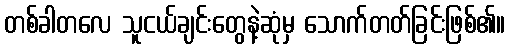
တစ်ခါတလေ သူငယ်ချင်းတွေနဲ့ဆုံမှ သောက်တတ်ခြင်းဖြစ်၏။